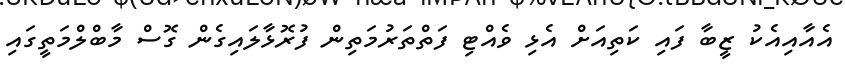
އެއާއިއެކު ޒީބާ ފައި ކަތިއަށް އެޅި ވެއްޓި ފަތްތަރުމަތިން ފުރޮޅާލައިގެން ގޮސް މާބްލްމަތީގައި